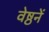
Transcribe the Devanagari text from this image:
वेष्ठनें